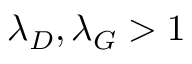
\lambda _ { D } , \lambda _ { G } > 1